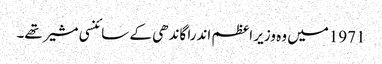
1971میں وہ وزیر اعظم اندرا گاندھی کے سائنسی مشیر تھے۔